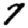
Digit: 7